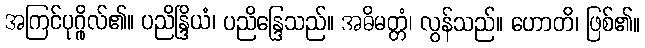
အကြင်ပုဂ္ဂိုလ်၏။ ပညိန္ဒြိယံ၊ ပညိန္ဒြေသည်။ အဓိမတ္တံ၊ လွန်သည်။ ဟောတိ၊ ဖြစ်၏။